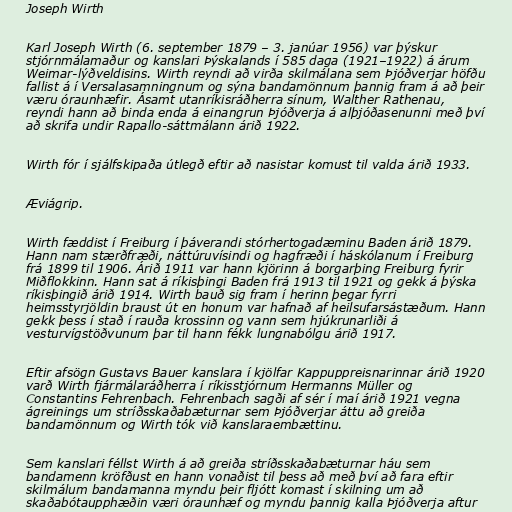
Joseph Wirth

Karl Joseph Wirth (6. september 1879 – 3. janúar 1956) var þýskur
stjórnmálamaður og kanslari Þýskalands í 585 daga (1921–1922) á árum
Weimar-lýðveldisins. Wirth reyndi að virða skilmálana sem Þjóðverjar höfðu
fallist á í Versalasamningnum og sýna bandamönnum þannig fram á að þeir
væru óraunhæfir. Ásamt utanríkisráðherra sínum, Walther Rathenau,
reyndi hann að binda enda á einangrun Þjóðverja á alþjóðasenunni með því
að skrifa undir Rapallo-sáttmálann árið 1922.

Wirth fór í sjálfskipaða útlegð eftir að nasistar komust til valda árið 1933.

Æviágrip.

Wirth fæddist í Freiburg í þáverandi stórhertogadæminu Baden árið 1879.
Hann nam stærðfræði, náttúruvísindi og hagfræði í háskólanum í Freiburg
frá 1899 til 1906. Árið 1911 var hann kjörinn á borgarþing Freiburg fyrir
Miðflokkinn. Hann sat á ríkisþingi Baden frá 1913 til 1921 og gekk á þýska
ríkisþingið árið 1914. Wirth bauð sig fram í herinn þegar fyrri
heimsstyrjöldin braust út en honum var hafnað af heilsufarsástæðum. Hann
gekk þess í stað í rauða krossinn og vann sem hjúkrunarliði á
vesturvígstöðvunum þar til hann fékk lungnabólgu árið 1917.

Eftir afsögn Gustavs Bauer kanslara í kjölfar Kappuppreisnarinnar árið 1920
varð Wirth fjármálaráðherra í ríkisstjórnum Hermanns Müller og
Constantins Fehrenbach. Fehrenbach sagði af sér í maí árið 1921 vegna
ágreinings um stríðsskaðabæturnar sem Þjóðverjar áttu að greiða
bandamönnum og Wirth tók við kanslaraembættinu.

Sem kanslari féllst Wirth á að greiða stríðsskaðabæturnar háu sem
bandamenn kröfðust en hann vonaðist til þess að með því að fara eftir
skilmálum bandamanna myndu þeir fljótt komast í skilning um að
skaðabótaupphæðin væri óraunhæf og myndu þannig kalla Þjóðverja aftur